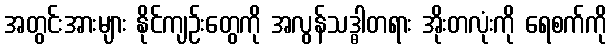
အတွင်းအားများ နိုင်ကျဉ်းတွေကို အလွန်သဒ္ဓါတရား အိုးတလုံးကို ရေစက်ကို